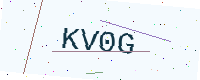
Text: KV0G